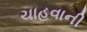
ચાહવાની